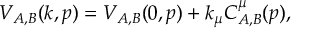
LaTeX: V _ { A , B } ( k , p ) = V _ { A , B } ( 0 , p ) + k _ { \mu } C _ { A , B } ^ { \mu } ( p ) ,